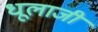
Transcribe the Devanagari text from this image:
धूलाजी